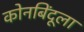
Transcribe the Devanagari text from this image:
कोनबिंदूला